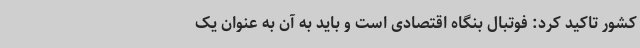
کشور تاکید کرد: فوتبال بنگاه اقتصادی است و باید به آن به عنوان یک